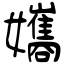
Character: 孈